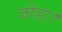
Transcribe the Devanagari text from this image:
जोडा।